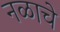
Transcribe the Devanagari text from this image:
नळाचे